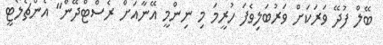
ބޭލް ފުދޭ ވަރަކަށް ވަރުބަލިވެފަ ހުރީމަ މި ނިންމީ އޭނާއަށް ރެސްޓްދޭން" އެންޗެލޯޓީ